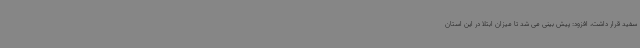
سفید قرار داشت، افزود: پیش بینی می شد تا میزان ابتلا در این استان